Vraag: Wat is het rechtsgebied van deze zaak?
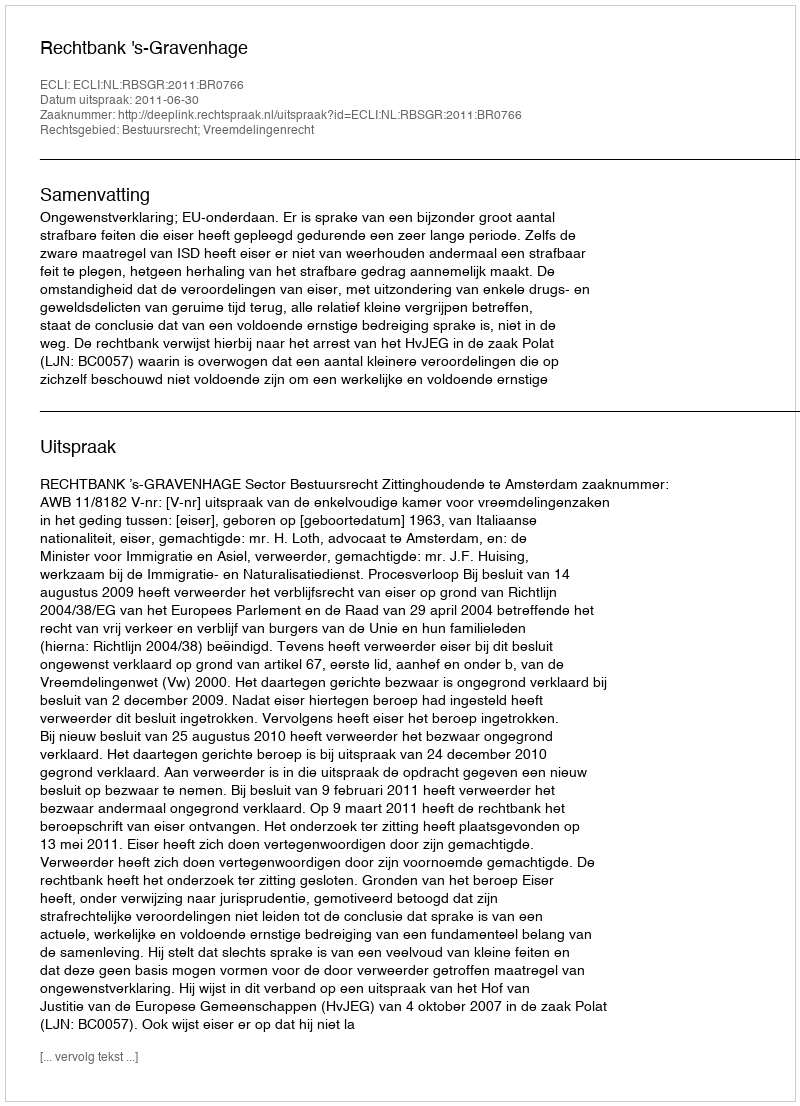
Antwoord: Bestuursrecht; Vreemdelingenrecht